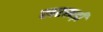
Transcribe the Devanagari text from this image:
खरखड़ी